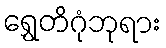
ရွှေတိဂုံဘုရား